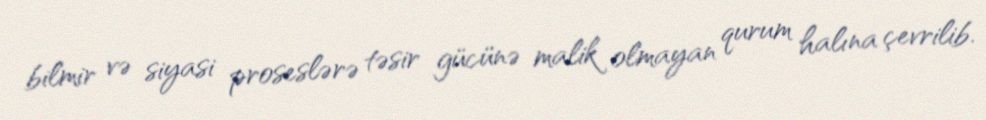
bilmir və siyasi proseslərə təsir gücünə malik olmayan qurum halına çevrilib.